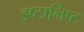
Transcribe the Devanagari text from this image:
इष्टानिष्ट